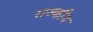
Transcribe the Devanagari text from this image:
राज्कीय